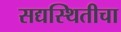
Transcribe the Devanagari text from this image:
सद्यस्थितीचा